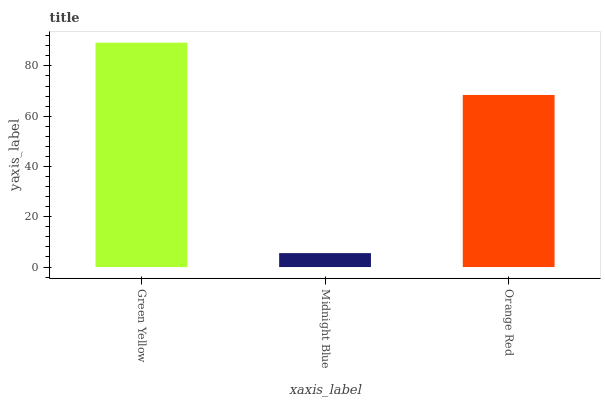
| xaxis_label | bars |
 | --- | --- |
 | Green Yellow | 89.2 |
 | Midnight Blue | 5.54 |
 | Orange Red | 68.4 |